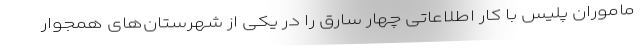
ماموران پلیس با کار اطلاعاتی چهار سارق را در یکی از شهرستان‌های همجوار